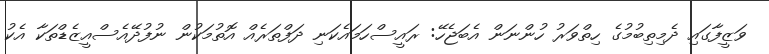
ވަޒީފާގައި ދެމިތިބުމުގެ ހިތްވަރު ހުންނަން އެބަޖެހޭ: ރައީސްހަމައެކަނި ދަފްތަރެއް އޮތުމަކުން ނުފުދޭއެސްއީޒެޑްތަކާ އެކު